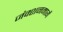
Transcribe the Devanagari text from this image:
जंक्शनमार्गे